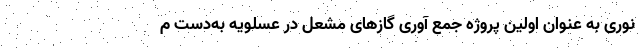
نوری به عنوان اولین پروژه جمع آوری گازهای مشعل در عسلویه به‌دست م